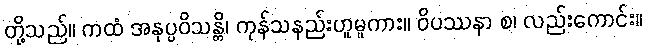
တို့သည်။ ကထံ အနုပ္ပဝိသန္တိ၊ ကုန်သနည်းဟူမူကား။ ဝိပဿနာ စ၊ လည်းကောင်း။